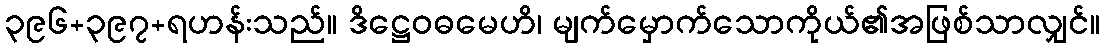
၃၉၆+၃၉၇+ရဟန်းသည်။ ဒိဋ္ဌေဝဓမေဟိ၊ မျက်မှောက်သောကိုယ်၏အဖြစ်သာလျှင်။